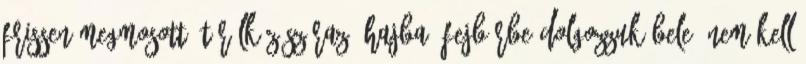
frissen megmosott, törölközőszáraz, hajba, fejbőrbe dolgozzuk bele. Nem kell